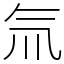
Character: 氚